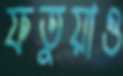
ফতুয়াও